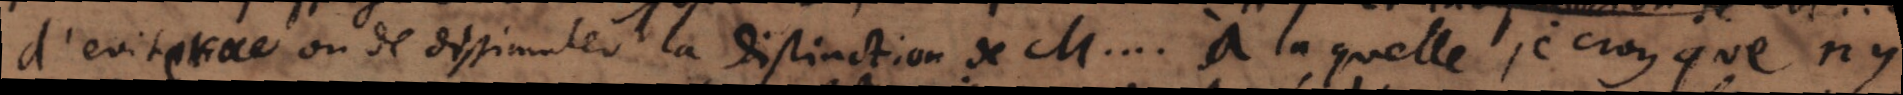
d’eviter ou ou de dissimuler cette distinction, à la quelle, je croy que ny